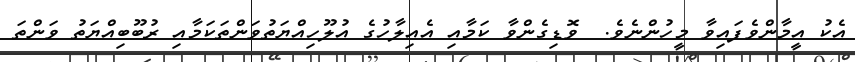
އެކު އީމާންވެފައިވާ މީހުންނެވެ.  ވޮޑިގެންވާ ކަމާއި އެއިލާހުގެ އުލޫހިއްޔަތުވަންތަކަމާއި ރުބޫބިއްޔަތު ވަންތަ